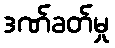
ဒဏ်ခတ်မှု